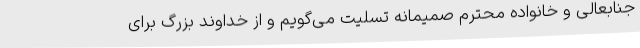
جنابعالی و خانواده محترم صمیمانه تسلیت می‌گویم و از خداوند بزرگ برای